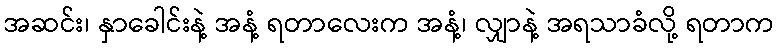
အဆင်း၊ နှာခေါင်းနဲ့ အနံ့ ရတာလေးက အနံ့၊ လျှာနဲ့ အရသာခံလို့ ရတာက